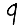
Digit: 9